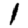
Digit: 1